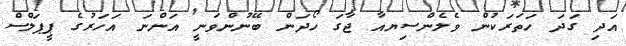
އަދި ގަދަ ހަތަރަކުން ވެލެންސިޔއާ ޖާގަ ހޯދަން ބޭނުންވަނީ އަންނަ އަހަރުގެ ޕީޕަލްސް